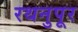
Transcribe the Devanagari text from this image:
रथनुपूर